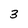
Character: 3